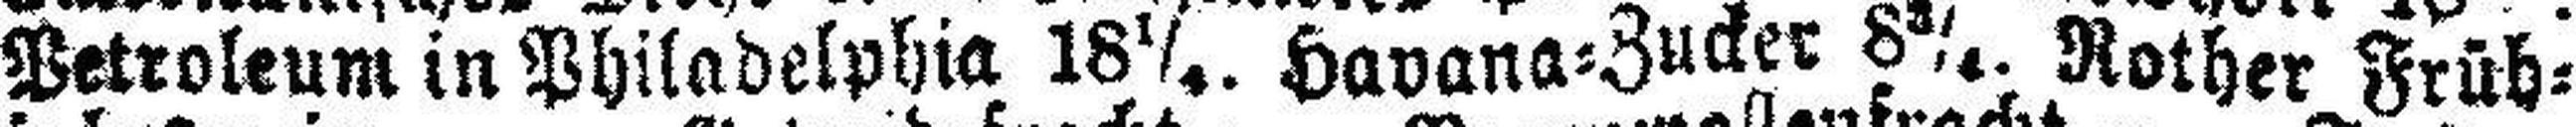
Petroleum in Philadelphia 18¼. Havana=Zucker 8¾. Rother Früh¬